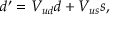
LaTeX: d ^ { \prime } = V _ { u d } d + V _ { u s } s ,